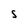
Character: S